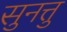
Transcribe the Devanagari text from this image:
सुनत्तु